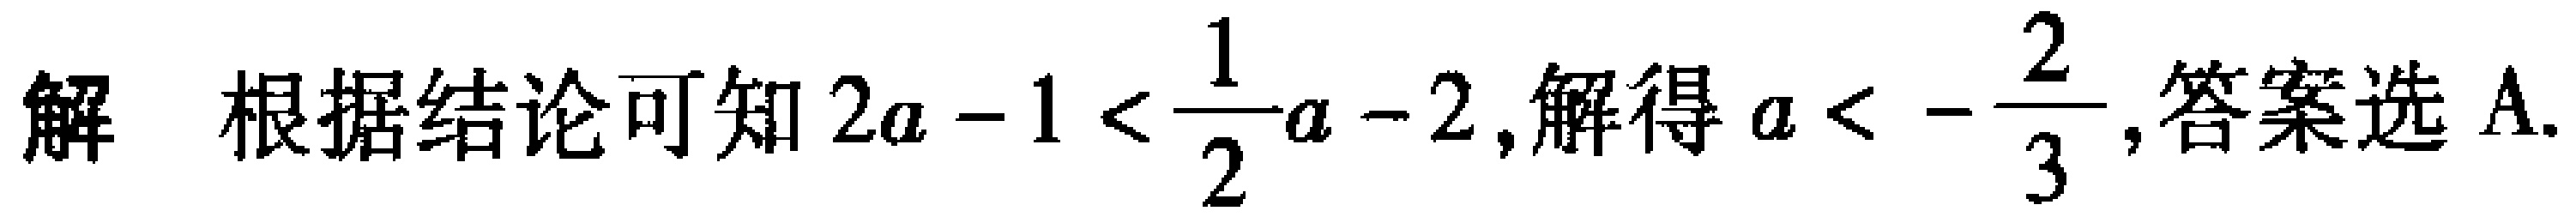
解 根据结论可知\(2a - 1 < \frac{1}{2}a - 2\),解得\(a < -\frac{2}{3}\),答案选A.